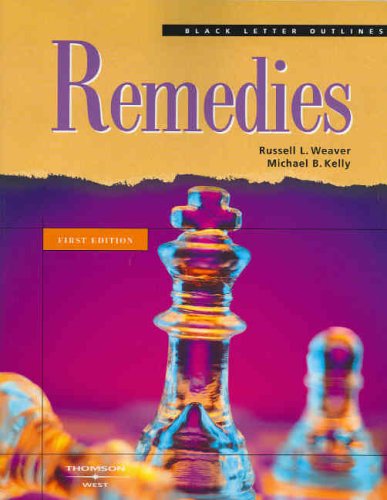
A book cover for Black Letter Outline on Remedies; Russell Weaver; Law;